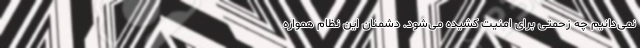
نمی‌دانیم چه زحمتی برای امنیت کشیده می‌شود. دشمنان این نظام همواره